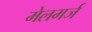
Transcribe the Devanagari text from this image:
मेलमर्ज